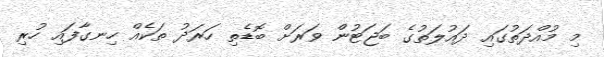
މި މުއްދަތުގައި ދައުލަތުގެ ބަޖަޓުން ވަރަށް ބޮޑެތި ހަރަދު ތަކެއް ހިނގާފައި ހުރި